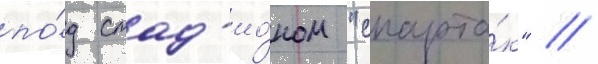
по́д стад'ио́ном "спарта́к" //